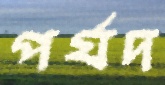
পর্যদ